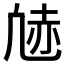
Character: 𫥠